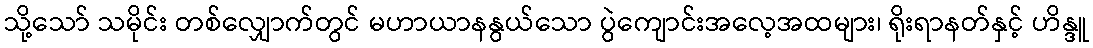
သို့သော် သမိုင်း တစ်လျှောက်တွင် မဟာယာနနွယ်သော ပွဲကျောင်းအလေ့အထများ၊ ရိုးရာနတ်နှင့် ဟိန္ဒူ